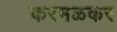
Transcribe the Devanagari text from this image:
करमळकर